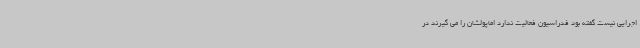
اجرایی نیست گفته بود فدراسیون فعالیت ندارد اماپولشان را می گیرند در